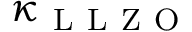
\kappa _ { \mathrm { ~ L ~ L ~ Z ~ O ~ } }